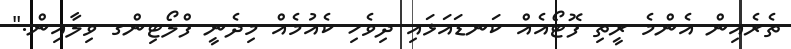
ތެރެއިން އެންމެ ރީތި ފޮޓޯއެއް ކަނޑައަޅައި ދިވެހި ކެއުމެއް މިދެނީ ފްލޯޓިންގ ވިލާއިން."